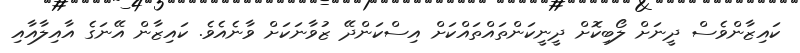
ކައިޒާންވެސް ދީނަށް ލޯބިކޮށް ދީނީކަންތައްތައްކަށް އިސްކަންދޭ ޒުވާނަކަށް ވާނެއެވެ. ކައިޒާން އޭނަގެ އާއިލާއާއި